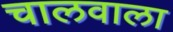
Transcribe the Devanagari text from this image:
चालवाला